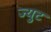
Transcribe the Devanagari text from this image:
ज्युट